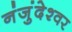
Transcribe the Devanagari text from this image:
नंजुंदेश्वर